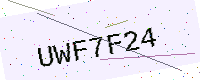
Text: UWF7F24